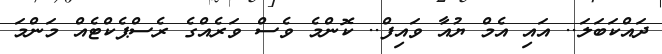
ދައްކަބަލަ.. އައި އެމް ޔުއާ ވައިފް.. ކޮންމެ ވެސް ވަރެއްގެ ރެސްޕެކްޓެއް މަންމަ